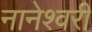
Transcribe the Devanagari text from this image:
नानेश्वरी